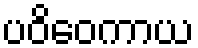
ပဝိဝေကာယ